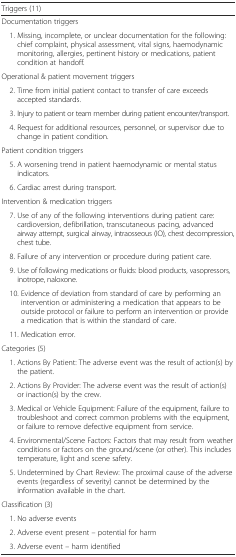
<table><thead><tr><td><b>Triggers (11)</b></td></tr></thead><tbody><tr><td>Documentation triggers</td></tr><tr><td> 1. Missing, incomplete, or unclear documentation for the following: chief complaint, physical assessment, vital signs, haemodynamic monitoring, allergies, pertinent history or medications, patient condition at handoff.</td></tr><tr><td>Operational &amp; patient movement triggers</td></tr><tr><td> 2. Time from initial patient contact to transfer of care exceeds accepted standards.</td></tr><tr><td> 3. Injury to patient or team member during patient encounter/transport.</td></tr><tr><td> 4. Request for additional resources, personnel, or supervisor due to change in patient condition.</td></tr><tr><td>Patient condition triggers</td></tr><tr><td> 5. A worsening trend in patient haemodynamic or mental status indicators.</td></tr><tr><td> 6. Cardiac arrest during transport.</td></tr><tr><td>Intervention &amp; medication triggers</td></tr><tr><td> 7. Use of any of the following interventions during patient care: cardioversion, defibrillation, transcutaneous pacing, advanced airway attempt, surgical airway, intraosseous (IO), chest decompression, chest tube.</td></tr><tr><td> 8. Failure of any intervention or procedure during patient care.</td></tr><tr><td> 9. Use of following medications or fluids: blood products, vasopressors, inotrope, naloxone.</td></tr><tr><td> 10. Evidence of deviation from standard of care by performing an intervention or administering a medication that appears to be outside protocol or failure to perform an intervention or provide a medication that is within the standard of care.</td></tr><tr><td> 11. Medication error.</td></tr><tr><td>Categories (5)</td></tr><tr><td> 1. Actions By Patient: The adverse event was the result of action(s) by the patient.</td></tr><tr><td> 2. Actions By Provider: The adverse event was the result of action(s) or inaction(s) by the crew.</td></tr><tr><td> 3. Medical or Vehicle Equipment: Failure of the equipment, failure to troubleshoot and correct common problems with the equipment, or failure to remove defective equipment from service.</td></tr><tr><td> 4. Environmental/Scene Factors: Factors that may result from weather conditions or factors on the ground/scene (or other). This includes temperature, light and scene safety.</td></tr><tr><td> 5. Undetermined by Chart Review: The proximal cause of the adverse events (regardless of severity) cannot be determined by the information available in the chart.</td></tr><tr><td>Classification (3)</td></tr><tr><td> 1. No adverse events</td></tr><tr><td> 2. Adverse event present – potential for harm</td></tr><tr><td> 3. Adverse event – harm identified</td></tr></tbody></table>